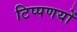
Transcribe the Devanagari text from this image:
टिप्पणयों